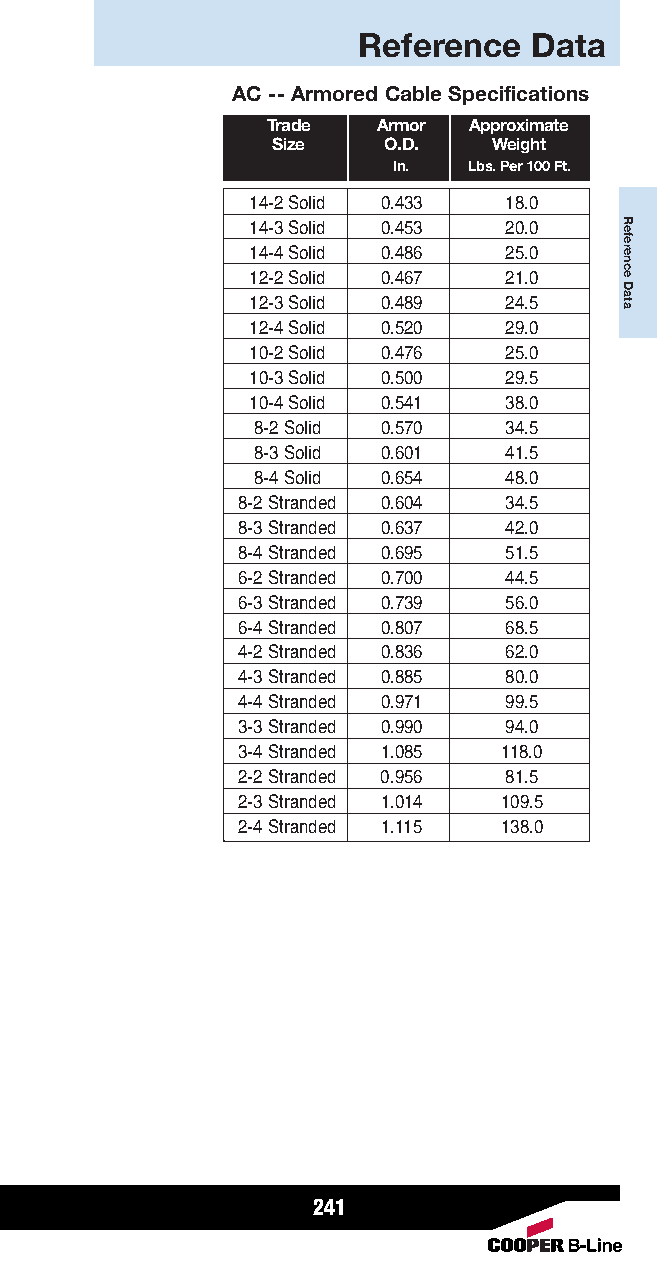
Reference  Data
 AC -- Armored Cable Specifications
 Trade  Armor Approximate
 Size   O.D.    Weight
 In.  Lbs. Per 100 Ft.
 14-2 Solid 0.433 18.0
 14-3 Solid 0.453 20.0
 14-4 Solid 0.486 25.0
 12-2 Solid 0.467 21.0
 12-3 Solid 0.489 24.5
 12-4 Solid 0.520 29.0
 10-2 Solid 0.476 25.0
 10-3 Solid 0.500 29.5
 10-4 Solid 0.541 38.0
 8-2 Solid 0.570 34.5
 8-3 Solid 0.601 41.5
 8-4 Solid 0.654 48.0
 8-2 Stranded 0.604 34.5
 8-3 Stranded 0.637 42.0
 8-4 Stranded 0.695 51.5
 6-2 Stranded 0.700 44.5
 6-3 Stranded 0.739 56.0
 6-4 Stranded 0.807 68.5
 4-2 Stranded 0.836 62.0
 4-3 Stranded 0.885 80.0
 4-4 Stranded 0.971 99.5
 3-3 Stranded 0.990 94.0
 3-4 Stranded 1.085 118.0
 2-2 Stranded 0.956 81.5
 2-3 Stranded 1.014 109.5
 2-4 Stranded 1.115 138.0
 241
 Reference
 Data